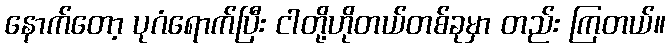
နောက်တော့ ပုဂံရောက်ပြီး ငါတို့ဟိုတယ်တစ်ခုမှာ တည်း ကြတယ်။